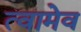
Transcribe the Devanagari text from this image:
त्वामेव